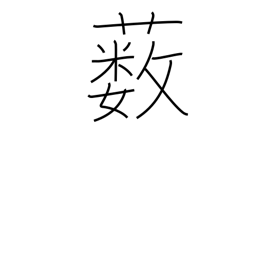
Meaning: underbrush